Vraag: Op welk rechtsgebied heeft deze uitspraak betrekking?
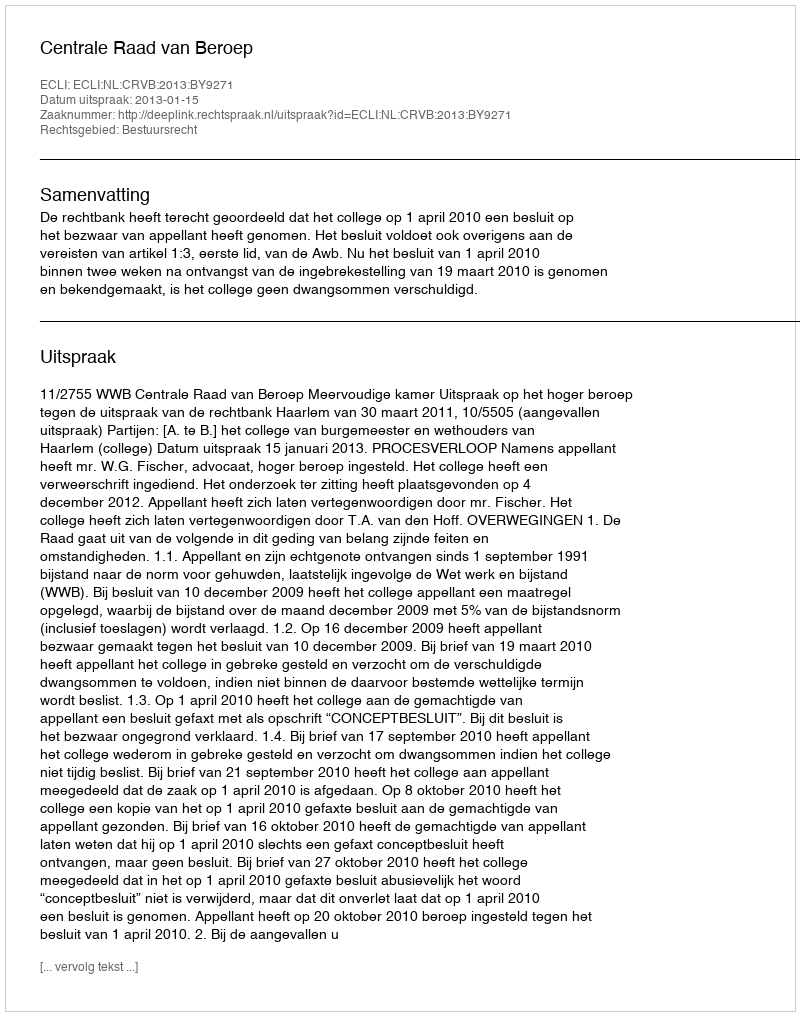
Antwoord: Bestuursrecht